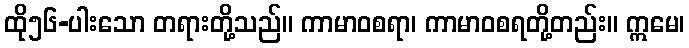
ထို၅၆-ပါးသော တရားတို့သည်။ ကာမာဝစရာ၊ ကာမာဝစရတို့တည်း။ ဣမေ၊